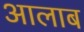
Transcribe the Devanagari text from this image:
आलाब